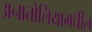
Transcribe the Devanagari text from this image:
अनातोलियामधील